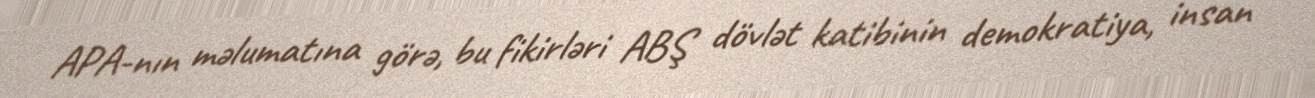
APA-nın məlumatına görə, bu fikirləri ABŞ dövlət katibinin demokratiya, insan